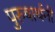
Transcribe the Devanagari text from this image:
पुरुषार्थनी